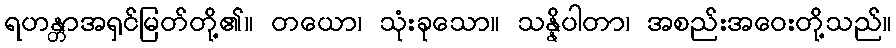
ရဟန္တာအရှင်မြတ်တို့၏။ တယော၊ သုံးခုသော။ သန္နိပါတာ၊ အစည်းအဝေးတို့သည်။